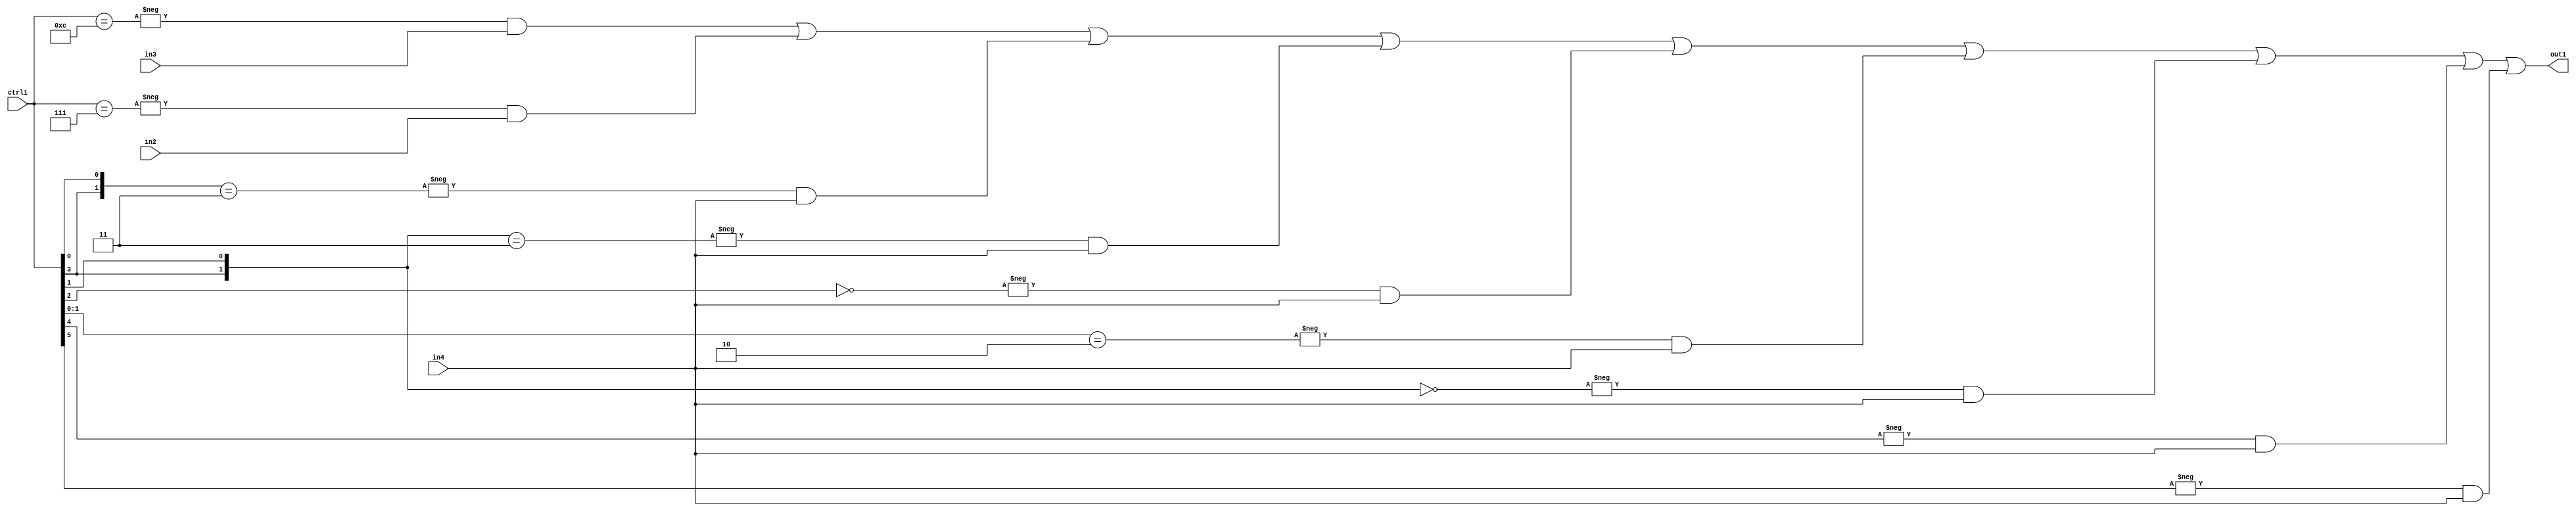
`timescale 1ps / 1ps
/*****************************************************************************
    Verilog RTL Description
    
    
    Created by: Stratus DpOpt 21.05.01 
*******************************************************************************/

module SobelFilter_N_Mux_32_3_93_4 (
	in4,
	in3,
	in2,
	ctrl1,
	out1
	); /* architecture "behavioural" */ 
input [31:0] in4;
input [8:0] in3,
	in2;
input [5:0] ctrl1;
output [31:0] out1;
wire [31:0] asc001;

assign asc001 = 
	-{ctrl1 == 6'B001100} & in3 |
	-{ctrl1 == 6'B000111} & in2 |
	-{{ctrl1[3], ctrl1[0]} == 2'B11} & in4 |
	-{{ctrl1[3], ctrl1[1]} == 2'B11} & in4 |
	-{ctrl1[2] == 1'B0} & in4 |
	-{ctrl1[1:0] == 2'B10} & in4 |
	-{{ctrl1[3], ctrl1[1]} == 2'B00} & in4 |
	-{ctrl1[4] == 1'B1} & in4 |
	-{ctrl1[5] == 1'B1} & in4 ;

assign out1 = asc001;
endmodule

/* CADENCE  vrT3Sg0= : u9/ySxbfrwZIxEzHVQQV8Q== ** DO NOT EDIT THIS LINE ******/